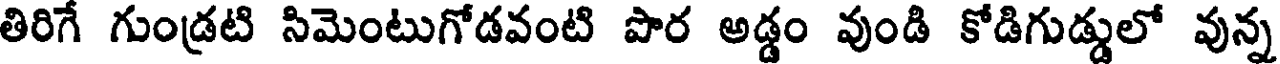
తిరిగే గుండ్రటి సిమెంటుగోడవంటి పొర అడ్డం వుండి కోడిగుడ్డులో వున్న